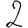
Digit: 2